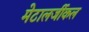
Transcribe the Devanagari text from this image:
मेटालर्जीकल